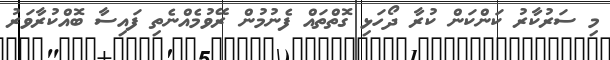
މި ސަރުކާރު ކަންކަން ކުރާ ދޯހަޅި ގޮތްތައް ފެނުމުން ރޭވުމެއްނެތި ފައިސާ ބޮއްކުރާވަރު